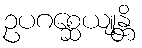
ဥပဂစ္ဆေယျုန္တိ